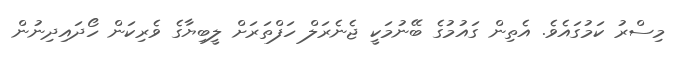
މިސްރު ކަމުގައެވެ. އެތިން ގައުމުގެ ބޭނުމަކީ ޖެނެރަލް ހަފްތަރަށް ލީބިޔާގެ ވެރިކަން ހޯދައިދިނުން